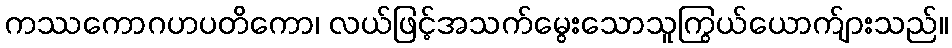
ကဿကောဂဟပတိကော၊ လယ်ဖြင့်အသက်မွေးသောသူကြွယ်ယောက်ျားသည်။